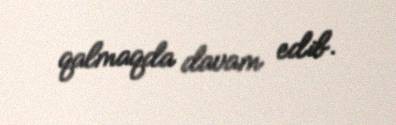
qalmaqda davam edib.